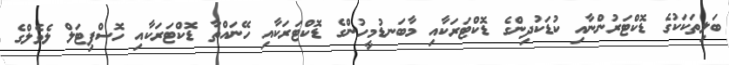
ބަލިތަކަކުގެ ޑޮކްޓަރުންނާއި ކުޑަކުދިންގެ ޑޮކްޓަރަކާއި މާބަނޑުމީހުންގެ ޑޮކްޓަރަކާއި ހޭނައްތާ ޑޮކްޓަރަކާއި ހޮސްޕިޓަލް ލެވެލްގެ